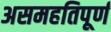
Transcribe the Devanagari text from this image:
असमहतिपूर्ण